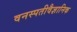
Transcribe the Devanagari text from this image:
वनस्पतीवैज्ञानिक